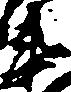
衛